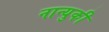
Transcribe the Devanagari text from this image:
नान्युकी